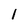
Character: l